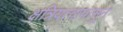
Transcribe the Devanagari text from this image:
क्षत्रियत्वापासून